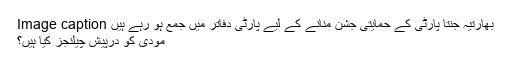
Image caption بھارتیہ جنتا پارٹی کے حمایتی جشن منانے کے لیے پارٹی دفاتر میں جمع ہو رہے ہیں
مودی کو درپیش چیلنجز کیا ہیں؟